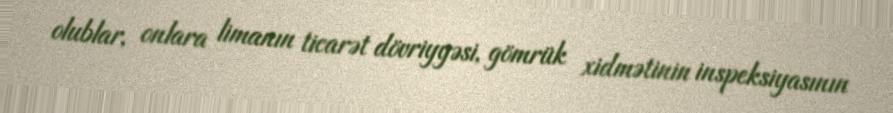
olublar, onlara limanın ticarət dövriyyəsi, gömrük xidmətinin inspeksiyasının